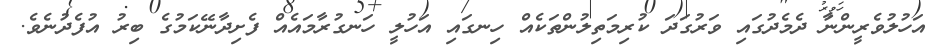
އަހުލުވެރީންނާ ދެމެދުގައި ވަރުގަދަ ކުރިމަތިލުންތަކެއް ހިނގައި އަހުލީ ހަނގުރާމައެއް ފެށިދާނޭކަމުގެ ބިރު އުފެދުނެވެ.